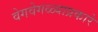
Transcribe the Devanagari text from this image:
वेगवेगळ्याप्रकारे